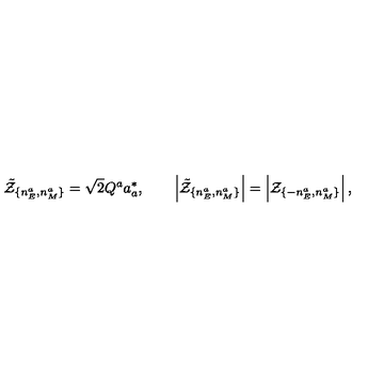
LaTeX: \tilde { \cal Z } _ { \{ n _ { E } ^ { a } , n _ { M } ^ { a } \} } = \sqrt { 2 } Q ^ { a } a _ { a } ^ { * } , \qquad \left| \tilde { \cal Z } _ { \{ n _ { E } ^ { a } , n _ { M } ^ { a } \} } \right| = \left| { \cal Z } _ { \{ - n _ { E } ^ { a } , n _ { M } ^ { a } \} } \right| ,